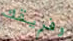
وفريقك